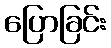
ပြောခြင်း